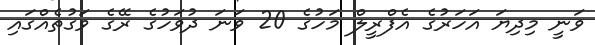
ވަނީ މިދިޔަ އަހަރުގެ އެފްރީލް މަހުގެ 20 ވަނަ ދުވަހުގެ ރޭގެ ވަގުތެއްގައި